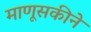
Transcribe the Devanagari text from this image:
माणूसकीने